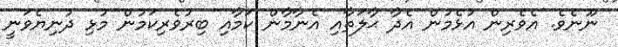
ނޫނެވެ. އެވެރިން އުޅެމުން އެދާ ޙާލަތާއި އެނާމާން ކަމާއި ބިރުވެރިކަމުން މުޅި ދުނިޔެވަނީ